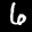
Label: 6